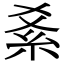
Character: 𥾥